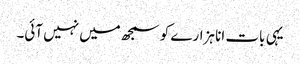
یہی بات انا ہزارے کو سمجھ میں نہیں آئی۔